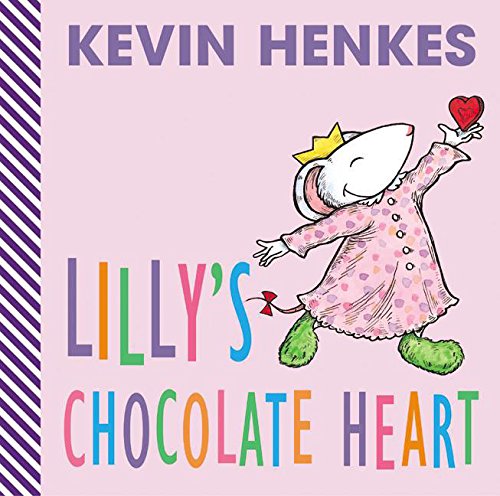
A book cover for Lilly's Chocolate Heart; Kevin Henkes; Children's Books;